Civil Veterinary Dept. Assam report 1911-1927 - 1911-1927
Year: 1911
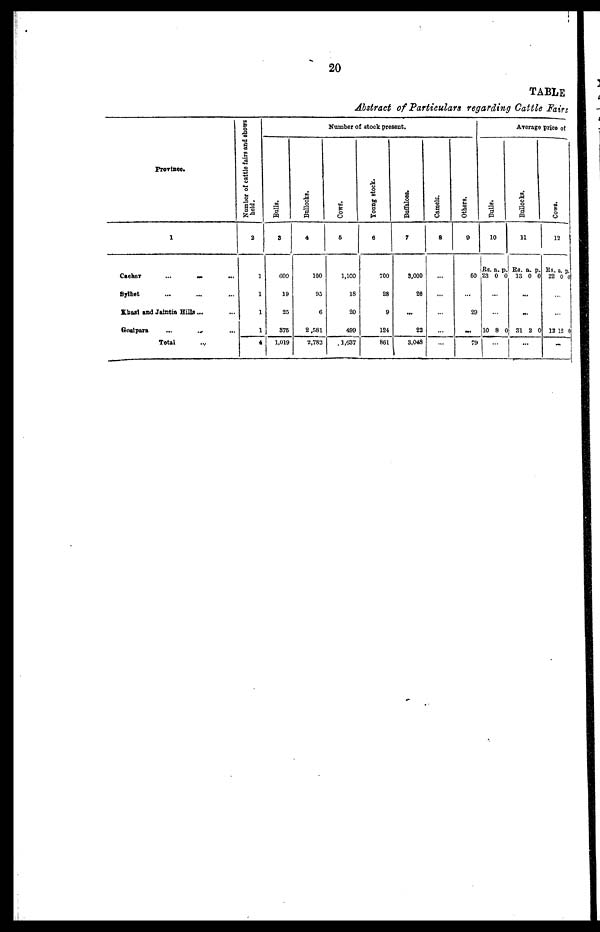
20
TABLE
Abstract of Particulars regarding Cattle Fairs
Province.
1
Cachar ... ... ...
Sylhet ... ... ...
Khasi and Jaintia Hills ... ...
Goalpara
... ... ...
Total
...
Number of cattle fairs and shows
hold.
2
1
1
1
1
4
Number of stock present.
Bulls.
3
600
19
25
376
I 1,019
Bullocks.
4
100
95
6
2,581
2,783
Cows.
5
1,100
18
20
499
1,637
Young stock.
6
700
28
9
124
861
Buffaloes.
7
8,000
20
...
22
3,048
Camels.
8
...
...
...
...
...
Others.
9
50
...
29
...
79
Average price of
Bulls.
10
Rs.
23
...
10
...
a.
0
...
8
p
0
0
Bullocks.
11
Rs.
13
..
...
31
..
a.
0
.
2
.
p.
0
0
Cows .
12
Rs.
22
...
...
12
...
a.
0
12
p.
0
0